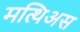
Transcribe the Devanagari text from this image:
मत्थिअस